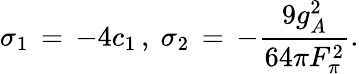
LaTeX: \sigma_{1}\, =\, -4c_{1}\, ,\ \sigma_{2}\, =\, -\frac{9g_{A}^{2}}{64\pi F_{\pi}^{2}}.